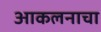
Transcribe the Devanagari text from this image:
आकलनाचा